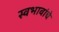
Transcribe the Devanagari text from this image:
स्वभावांचे